Lunatic asylums Madras 1877-1891 - 1877-1891
Year: 1877
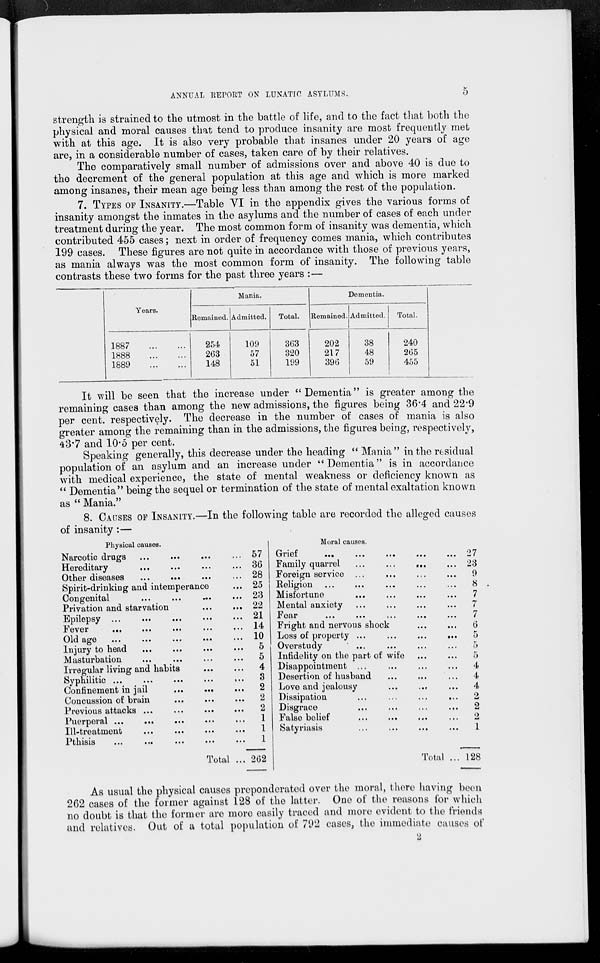
ANNUAL REPORT ON LUNATIC ASYLUMS.
5
strength is strained to the utmost in the battle of life, and to the fact that both the
physical and moral causes that tend to produce insanity are most frequently met
with at this age. It is also very probable that insanes under 20 years of age
are, in a considerable number of cases, taken care of by their relatives.
The comparatively small number of admissions over and above 40 is due to
the decrement of the general population at this age and which is more marked
among insanes, their mean age being less than among the rest of the population.
7. TYPES OF INSANITY.—Table VI in the appendix gives the various forms of
insanity amongst the inmates in the asylums and the number of cases of each under
treatment during the year. The most common form of insanity was dementia, which
contributed 455 cases; next in order of frequency comes mania, which contributes
199 cases. These figures are not quite in accordance with those of previous years,
as mania always was the most common form of insanity. The following table
contrasts these two forms for the past three years :—
Years.
1887 ... ...
1888 ... ...
1889 ... ...
Mania.
Remained.
254
263
148
Admitted.
109
57
51
Total.
363
320
199
Dementia.
Remained.
202
217
396
Admitted.
38
48
59
Total.
240
265
455
It will be seen that the increase under "Dementia" is greater among the
remaining cases than among the new admissions, the figures being 36.4 and 22.9
per cent. respectively. The decrease in the number of cases of mania is also
greater among the remaining than in the admissions, the figures being, respectively,
43.7 and 10.5 per cent.
Speaking generally, this decrease under the heading "Mania" in the residual
population of an asylum and an increase under "Dementia" is in accordance
with medical experience, the state of mental weakness or deficiency known as
" Dementia" being the sequel or termination of the state of mental exaltation known
as " Mania."
8. CAUSES OF INSANITY.—In the following table are recorded the alleged causes
of insanity:—
Physical causes.
Narcotic drags ... ... ... ...
Hereditary
...
...
...
...
Other diseases ... ...
...
Spirit-drinking and intemperance
Congenital
...
...
...
...
Privation and starvation ... ...
Epilepsy ...
...
...
...
...
Fever
...
...
...
...
...
Old age
...
...
...
...
...
Injury to head
...
...
...
...
Masturbation ... ... ... ...
Irregular living and habits ... ...
Syphilitic ...
...
...
...
...
Confinement in jail
...
...
...
Concussion of brain ... ... ...
Previous attacks
...
...
...
...
Puerperal ...
...
...
...
...
Ill-treatment
...
...
...
...
Pthisis
...
...
...
...
...
Total ...
57
36
28
25
23
22
21
14
10
5
5
4
3
2
2
2
1
1
1
262
Moral causes.
Grief
...
...
...
...
...
Family quarrel
...
...
...
...
Foreign service ... ... ... ...
Religion ... ... ... ... ...
Misfortune ... ... ... ...
Mental anxiety ... ... ... ...
Fear
...
...
...
...
...
Fright and nervous shock ... ...
Loss of property ... ... ... ...
Overstudy
...
...
...
...
...
Infidelity on the part of wife ... ...
Disappointment ... ... ... ...
Desertion of husband ... ... ...
Love and jealousy ... ... ...
Dissipation ... ... ... ...
Disgrace
...
...
...
...
False belief ... ... ... ...
Satyriasis ... ... ... ...
Total ...
27
23
9
8
7
7
7
6
5
5
5
4
4
4
2
2
2
1
128
As usual the physical causes preponderated over the moral, there having been
262 cases of the former against 128 of the latter. One of the reasons for which
no doubt is that the former are more easily traced and more evident to the friends
and relatives. Out of a total population of 792 cases, the immediate causes of
2